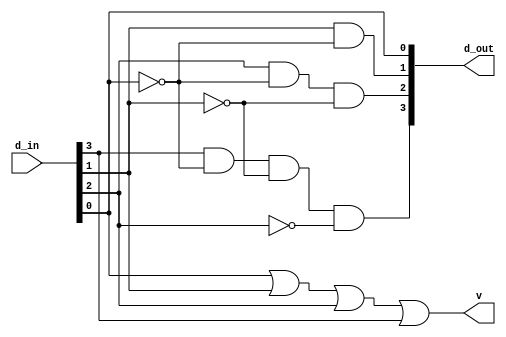
module pri_enc(d_out, d_in,v);

   output [3:0] d_out;
	output v;
   input [3:0] d_in ;
	wire d,e;
assign d_out[0]=d_in[0] & 1'b1;
assign d_out[1]=1'b1 & d_in[1] & ~d_in[0];
assign d_out[2]=1'b1 & d_in[2] & ~d_in[0] &~d_in[1];
assign d_out[3]=1'b1 & d_in[3] & ~d_in[0] & ~d_in[1] & ~d_in[2];
assign v=d_in[0] | d_in[1] | d_in[2] | d_in[3];
endmodule